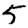
Digit: 5